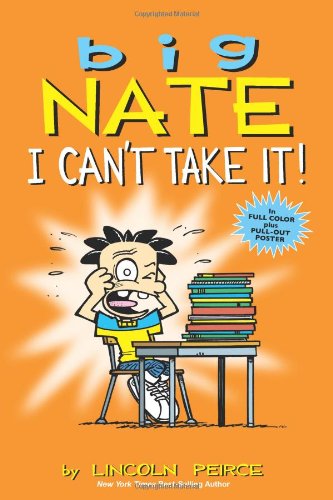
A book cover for Big Nate: I Can't Take It!; Lincoln Peirce; Children's Books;